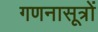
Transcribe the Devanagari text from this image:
गणनासूत्रों